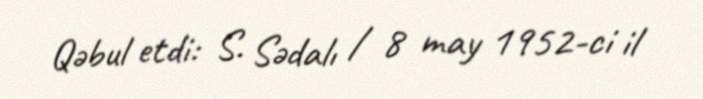
Qəbul etdi: S. Sədalı / 8 may 1952-ci il